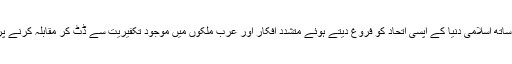
اس کے ساتھ ساتھ اسلامی دنیا کے آپسی اتحاد کو فروغ دیتے ہوئے متشدد افکار اور عرب ملکوں میں موجود تکفیریت سے ڈٹ کر مقابلہ کرنے پر تاکید فرمایا۔